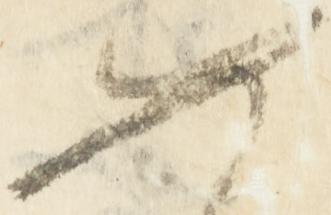
如